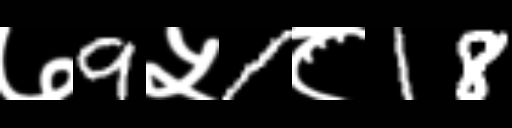
Text: ७9५1८18